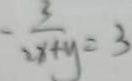
= \frac { 3 } { 2 x + y } = 3